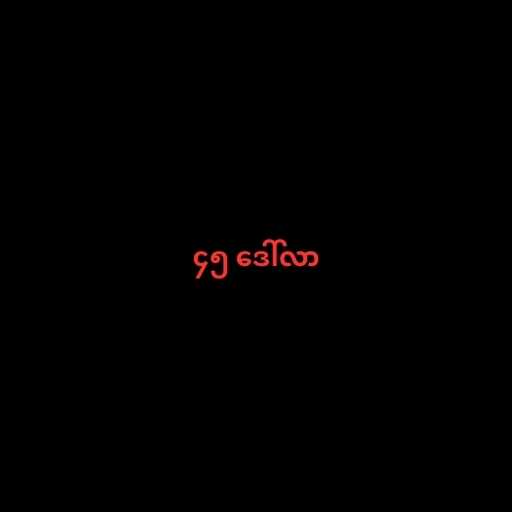
၄၅ ဒေါ်လာ